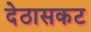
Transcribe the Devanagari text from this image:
देठासकट